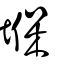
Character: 堢